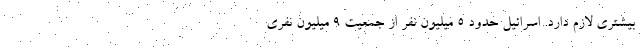
بیشتری لازم دارد. اسرائیل حدود 5 میلیون نفر از جمعیت 9 میلیون نفری